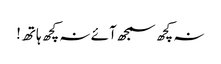
نہ کچھ سمجھ آئے نہ کچھ ہاتھ!